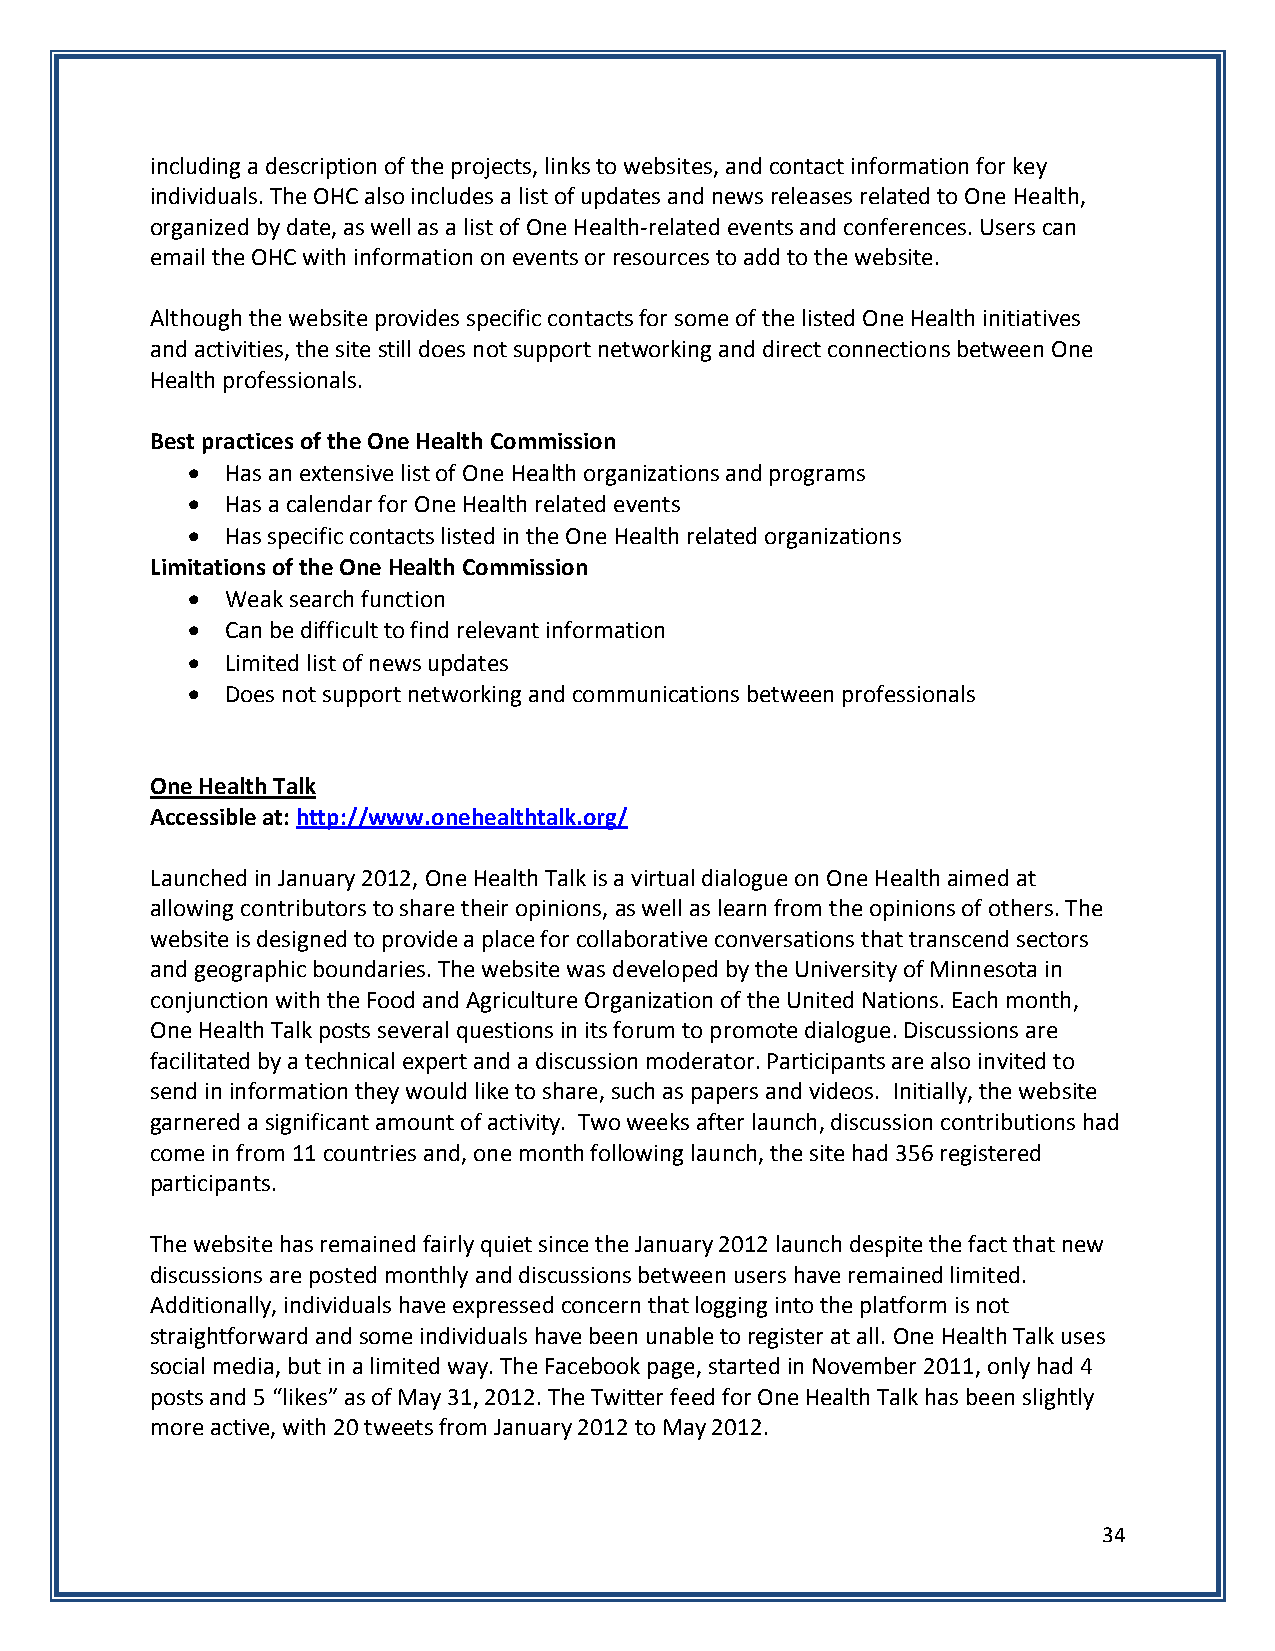
including a description of the projects, links to websites, and contact information for key
 individuals. The OHC also includes a list of updates and news releases related to One Health,
 organized by date, as well as a list of One Health-related events and conferences. Users can
 email the OHC with information on events or resources to add to the website.
 Although the website provides specific contacts for some of the listed One Health initiatives
 and activities, the site still does not support networking and direct connections between One
 Health professionals.
 Best practices of the One Health Commission
   Has an extensive list of One Health organizations and programs
   Has a calendar for One Health related events
   Has specific contacts listed in the One Health related organizations
 Limitations of the One Health Commission
   Weak search function
   Can be difficult to find relevant information
   Limited list of news updates
   Does not support networking and communications between professionals
 One Health Talk
 Accessible at: http://www.onehealthtalk.org/
 Launched in January 2012, One Health Talk is a virtual dialogue on One Health aimed at
 allowing contributors to share their opinions, as well as learn from the opinions of others. The
 website is designed to provide a place for collaborative conversations that transcend sectors
 and geographic boundaries. The website was developed by the University of Minnesota in
 conjunction with the Food and Agriculture Organization of the United Nations. Each month,
 One Health Talk posts several questions in its forum to promote dialogue. Discussions are
 facilitated by a technical expert and a discussion moderator. Participants are also invited to
 send in information they would like to share, such as papers and videos. Initially, the website
 garnered a significant amount of activity. Two weeks after launch, discussion contributions had
 come in from 11 countries and, one month following launch, the site had 356 registered
 participants.
 The website has remained fairly quiet since the January 2012 launch despite the fact that new
 discussions are posted monthly and discussions between users have remained limited.
 Additionally, individuals have expressed concern that logging into the platform is not
 straightforward and some individuals have been unable to register at all. One Health Talk uses
 social media, but in a limited way. The Facebook page, started in November 2011, only had 4
 posts and 5 “likes” as of May 31, 2012. The Twitter feed for One Health Talk has been slightly
 more active, with 20 tweets from January 2012 to May 2012.
 34